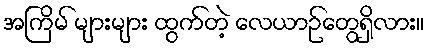
အကြိမ် များများ ထွက်တဲ့ လေယာဉ်တွေရှိလား။